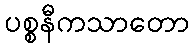
ပစ္စနီကသာတော